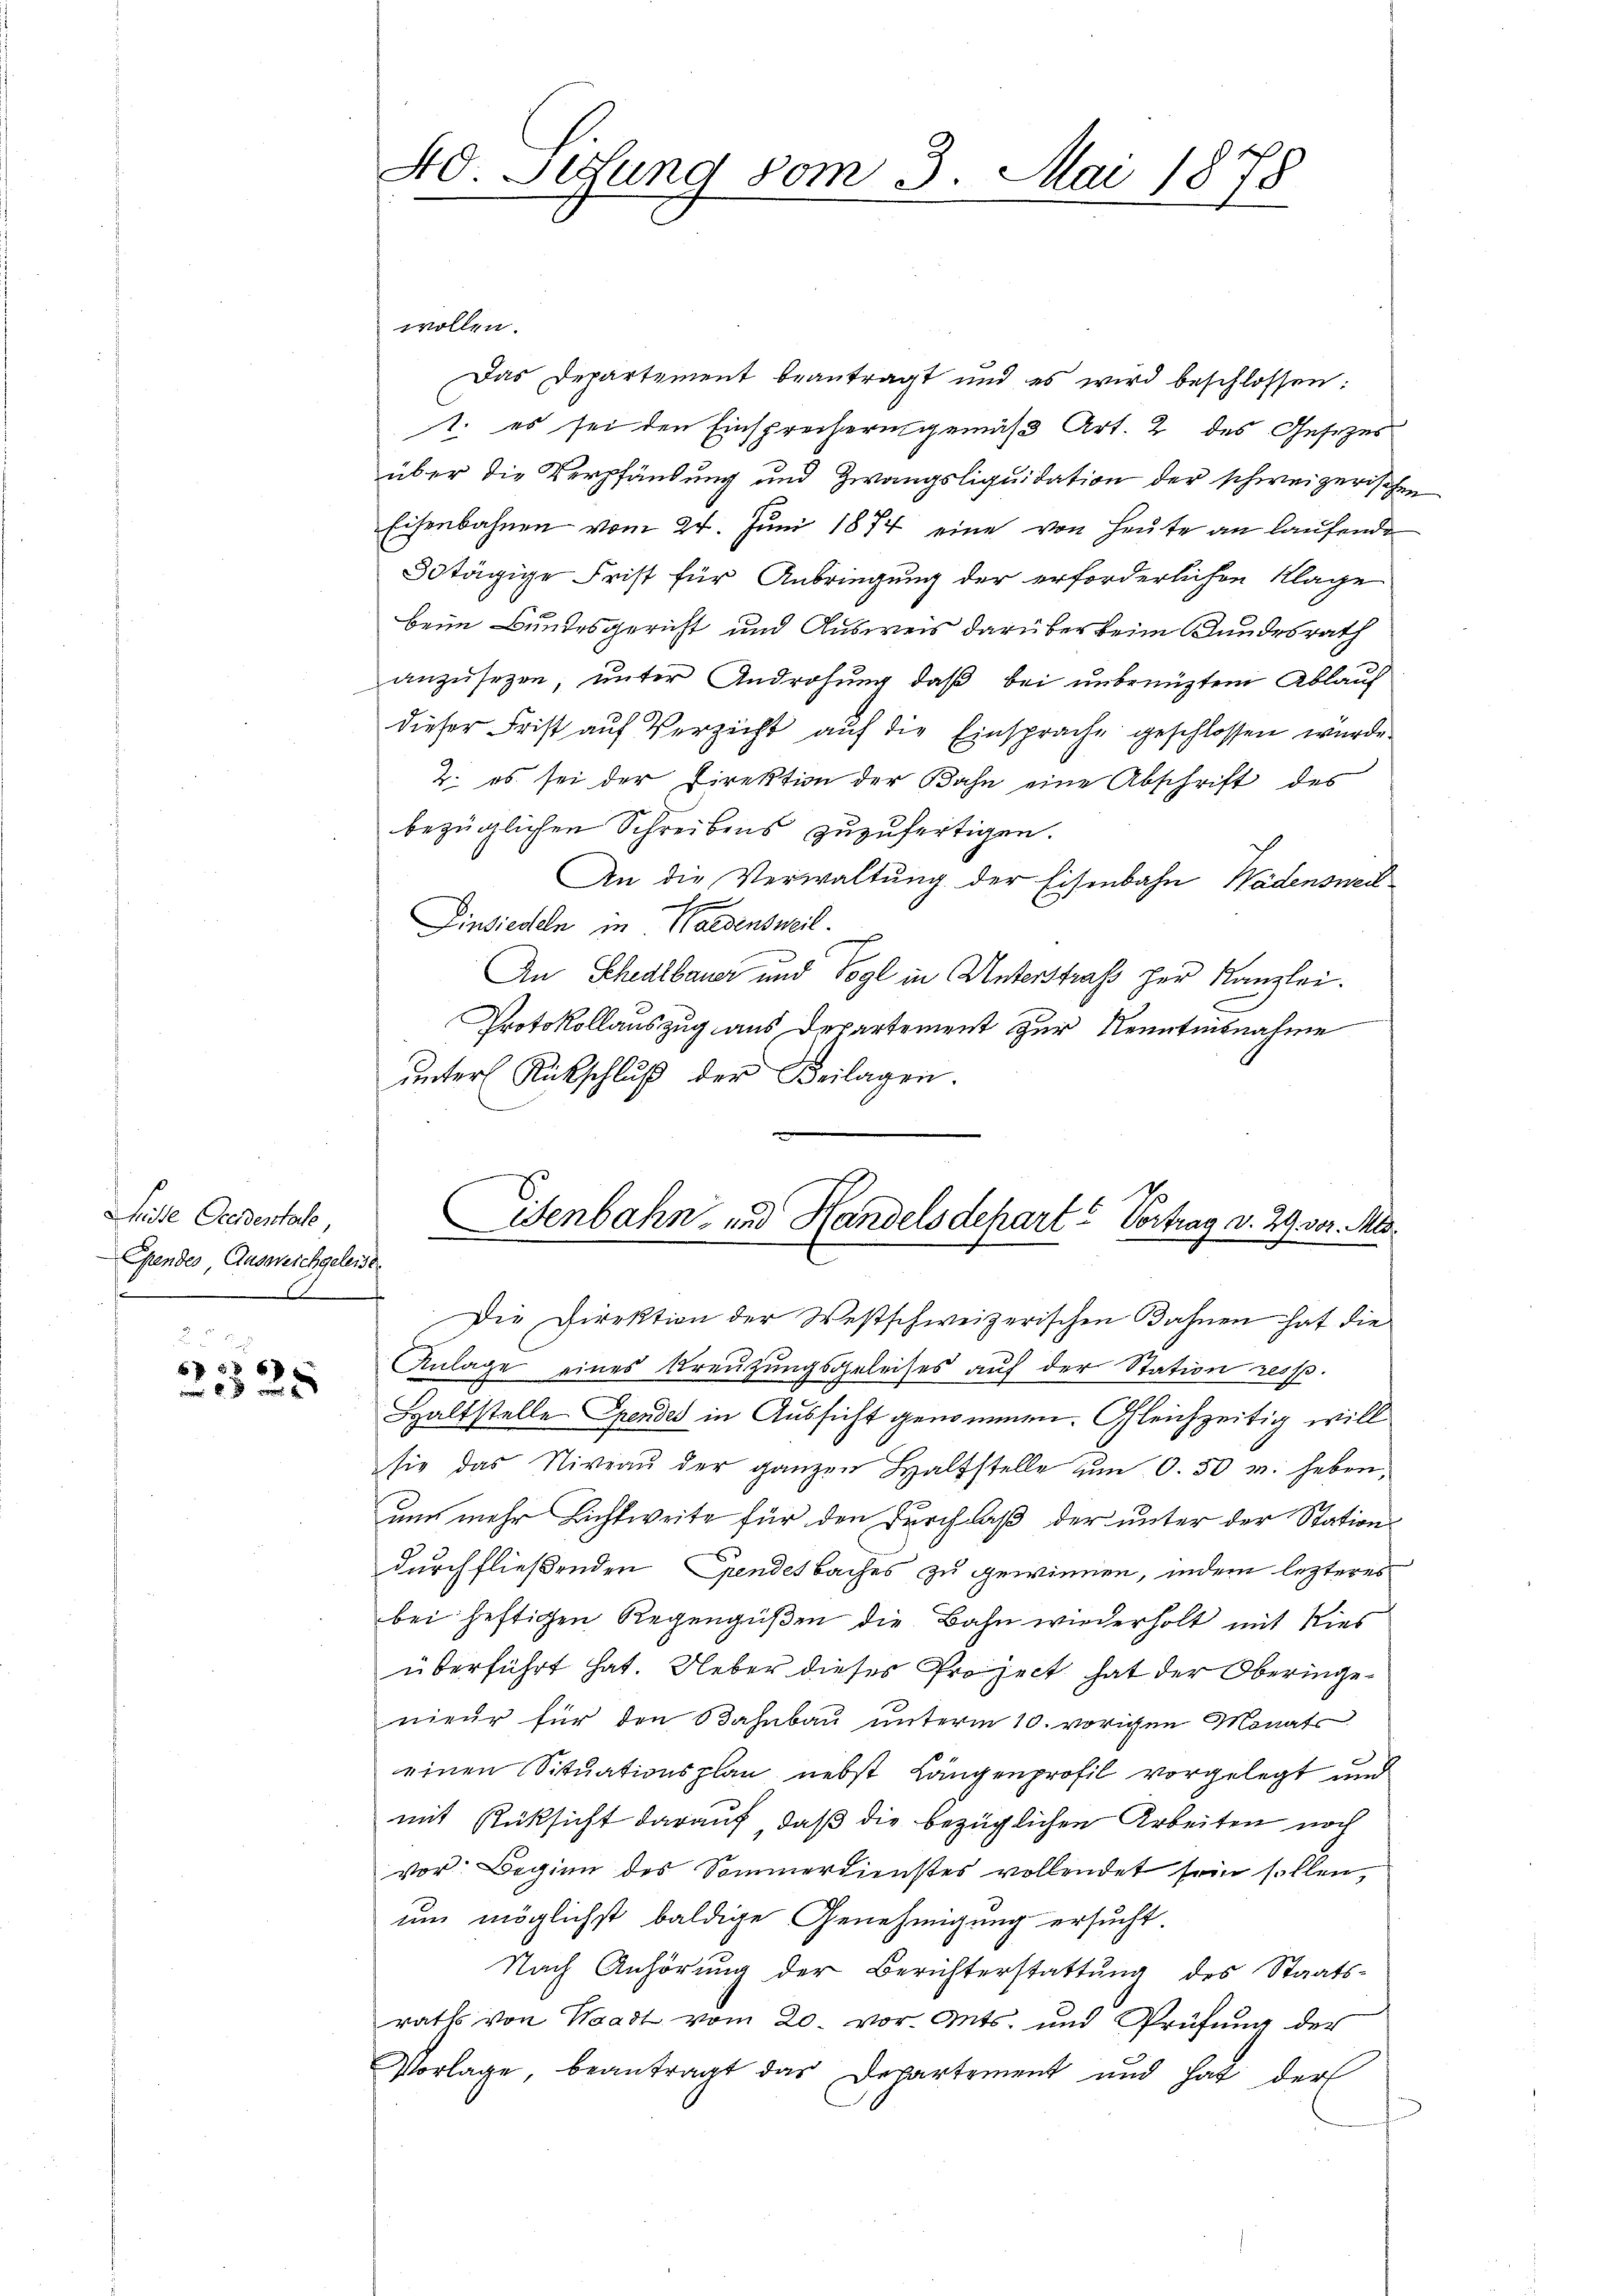
Mitte Geerdentale,
Gfendes Ausweichgeleise
6

6 f 58 67
 0 x

wollen.
Das Departement beantragt und es wird beschlossen:
1. es sei den Einsprechern gemäß Art. 2 des Gesezes
über die Verpfändung und Zwangsliquidation der schweizerischen
Eisenbahnen vom 24. Juni 1874 eine von Heute an laufende
3tägige Frist für Anbringung der erforderlichen Klage
beim Bundesgericht und Ausweis darüber beim Bundesrath
anzusetzen, unter Androhung, daß bei unbenütztem Ablauf
dieser Frist auf Verzicht auf die Einsprache geschlossen wurde.
2. es sei der Direktion der Bahn eine Abschrift des
bezüglichen Schreibens zuzufertigen.
An die Verwaltung der Eisenbahn Wädenswei¬
Einsieden in Waldensweil
An Schedlbauer und Vogl in Unterstraf her Kanzlei.
Protokollauszug aus Departement zur Kenntnisnahme
ŭnter Rückschlŭβ der Beilagen.

40. Sesung vom 3. Mai 1878

Lisenbahn- und Handelsdepart? Vortrag v. 29. vor. Mts.
.

Die Direktion der Westschweizerischen Bahnen hat die
Anlage eines Kreuzungsgeleises auf der Station resp.
Haltstelle Spendes in Aussicht genommen. Gleichzeitig will
sie das Niveaŭ der ganzen Halfstelle um 0.50 u. heben,
un mehr Lichtweite für den Durchlaß der unter der Station
durchfließenden Spendesbaches zu gewinnen, indem lezteres
bei heftigen Regengüßen die Bahn wiederholt mit Ries
überführt hat. Ueber dieses Project hat der Oberingenieur für den Bahnbau unterm 10. vorigen Monats
einen Situationsplan nebst Längenprofil vorgelegt und
mit Rücksicht darauf, daß die bezüglichen Arbeiten noch
vor: Beginn des Sommerdienstes vollendet sein sollen,
um möglichst baldige Genehmigung ersucht
Nach Anhörung der Berichterstattung des Staats-
raths von Waadt vom 20. vor. Mts. und Prüfung der
Vorlage, beantragt das Departement und hat der